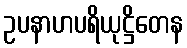
ဥပနာဟပရိယုဋ္ဌိတေန